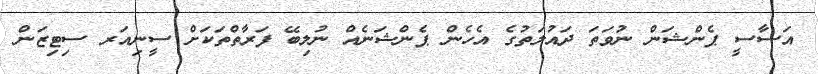
އަސާސީ ޕެންޝަން ނުވަތަ ދައުލަތުގެ އެހެން ޕެންޝަނެއް ނުލިބޭ ފަރާތްތަކަށް ސީނިއަރ ސިޓިޒަން